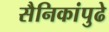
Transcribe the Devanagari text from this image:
सैनिकांपुढे